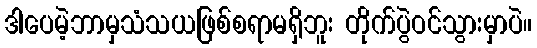
ဒါပေမဲ့ဘာမှသံသယဖြစ်စရာမရှိဘူး တိုက်ပွဲဝင်သွားမှာပဲ။